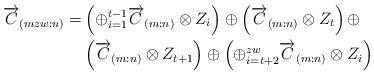
LaTeX: \begin{align*}\overrightarrow{C}_{(mzw:n)}=&\left(\oplus_{i=1}^{t-1}\overrightarrow{C}_{(m:n)}\otimes Z_i\right)\oplus \left(\overrightarrow{C}_{(m:n)}\otimes Z_{t}\right)\oplus \\&\left(\overrightarrow{C}_{(m:n)}\otimes Z_{t+1}\right)\oplus\left(\oplus_{i=t+2}^{zw}\overrightarrow{C}_{(m:n)}\otimes Z_i\right)\end{align*}